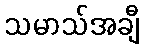
သမာသ်အချီ